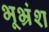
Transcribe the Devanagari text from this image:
भूभ्रंश